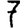
Digit: 7